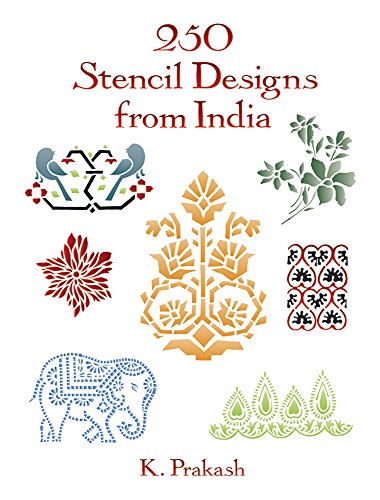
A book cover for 250 Stencil Designs from India (Dover Pictorial Archive); K. Prakash; Arts & Photography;